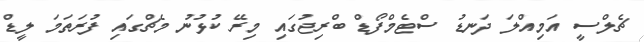
ޗެލްސީ އަމިއްލަ ދަނޑު ސްޓެމްފޯޑް ބްރިޖުގައި މިރޭ ކުޅުނު މެޗްގައި ފުރަތަމަ ލީޑް